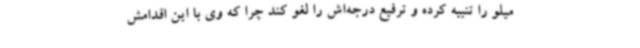
میلو را تنبیه کرده و ترفیع درجه‌اش را لغو کند چرا که وی با این اقدامش